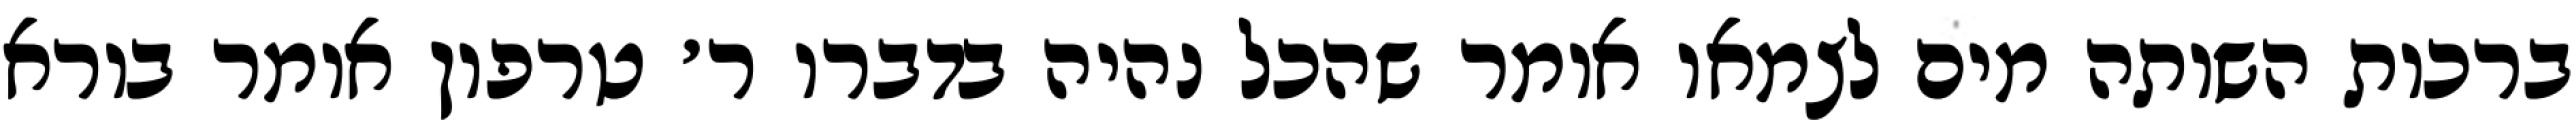
ברכות השותה מים לצמאו אומר שהכל נהיה בדברו ר׳ טרפון אומר בורא